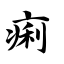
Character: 痢